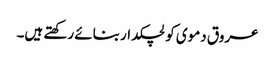
عروق دموی کو لچکدار بنائے رکھتے ہیں۔